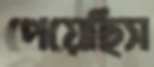
পেয়েছিস